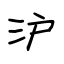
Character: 沪